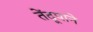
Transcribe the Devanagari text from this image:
तेंदूपाने